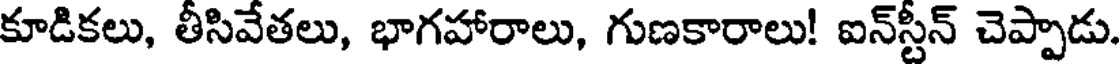
కూడికలు, తీసివేతలు, భాగహారాలు, గుణకారాలు! ఐన్స్టీన్ చెప్పాడు.